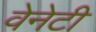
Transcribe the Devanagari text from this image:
वेनेटी